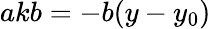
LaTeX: akb=-b(y-y_{0})